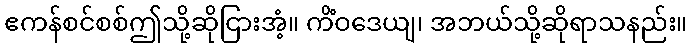
ဧကန်စင်စစ်ဤသို့ဆိုငြားအံ့။ ကိံဝဒေယျ၊ အဘယ်သို့ဆိုရာသနည်း။